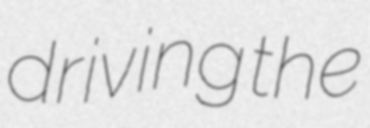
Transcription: driving the